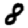
Digit: 8